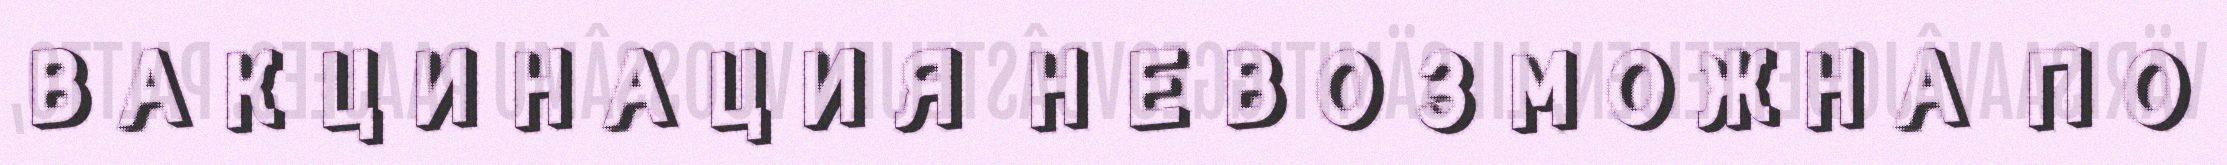
ВАКЦИНАЦИЯ НЕВОЗМОЖНА ПО